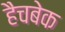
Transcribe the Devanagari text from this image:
हैचबेक